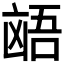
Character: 𫥩